Vaccination in Burma 1900-1911 - 1900-1911
Year: 1900
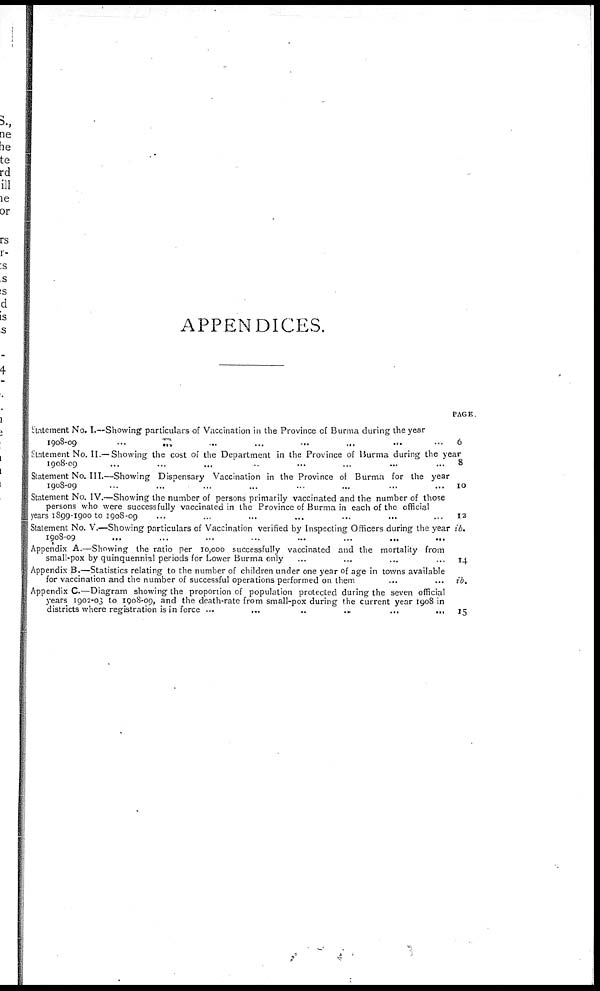
APPENDICES.
Statement No. I.—Showing particulars of Vaccination in the Province of Burma during the year
1908-09 ... ... ... ... ... ... ... ... ... ...
Statement No. II.—Showing the cost of the Department in the Province of Burma during the year
1908-09 ... ... ... ... ... ... ... ... ... ...
Statement No. III.—Showing Dispensary Vaccination in the Province of Burma for the year
1908-09 ... ... ... ... ... ... ... ... ... ...
Statement No. IV.—Showing the number of persons primarily vaccinated and the number of those
persons who were successfully vaccinated in the Province of Burma in each of the official
years 1899-1900 to 1908-09
...
...
...
...
...
...
...
...
...
...
Statement No. V.—Showing particulars of Vaccination verified by Inspecting Officers during the year
1908-09
...
...
...
...
...
...
...
...
...
...
Appendix A.—Showing the ratio per 10,000 successfully vaccinated and the mortality from
small-pox by quinquennial periods for Lower Burma only ... ... ... ... ... ... ... ... ... ...
Appendix B.—Statistics relating to the number of children under one year of age in towns available
for vaccination and the number of successful operations performed on them ... ... ... ...
Appendix C.—Diagram showing the proportion of population protected during the seven official
years 1902-03 to 1908-09, and the death-rate from small-pox during the current year 1908 in
districts where registration is in force
...
...
...
...
...
...
PAGE.
6
8
10
12
ib.
14
ib.
15